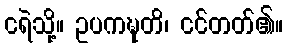
ငရဲသို့။ ဥပကဍ္ဎတိ၊ ငင်တတ်၏။